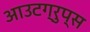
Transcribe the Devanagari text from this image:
आउटग्रुप्स